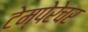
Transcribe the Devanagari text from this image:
टेम्पेरेचर